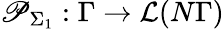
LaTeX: \mathscr{P}_{\Sigma_{1}}:\Gamma\to\mathcal{{L}}(N\Gamma)